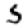
Digit: 5